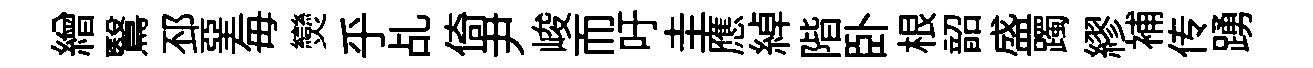
繒鷖邳堊毎𤓖乎乩倚尹峻而吁圭應綽階卧根韶盛躅繆補传踴